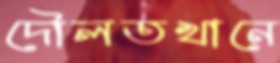
দৌলতখানে